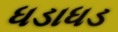
ધડાધડ